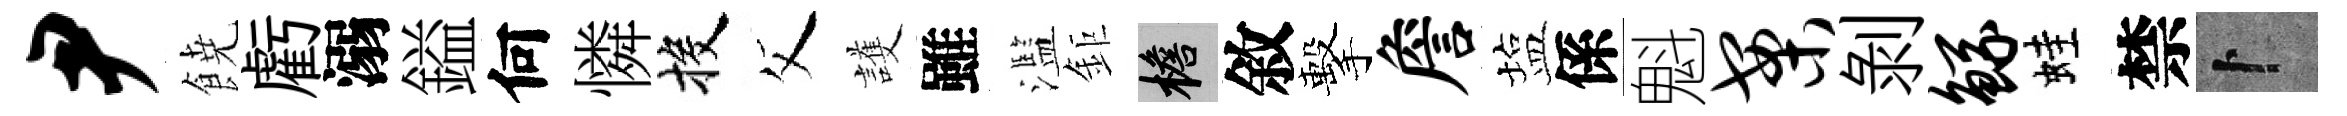
尹𩜙虧溺鎰何憐投父護雖濫鉅檐敘擊詹塩係魁案剥鲧蛙禁卜